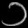
Digit: ၁